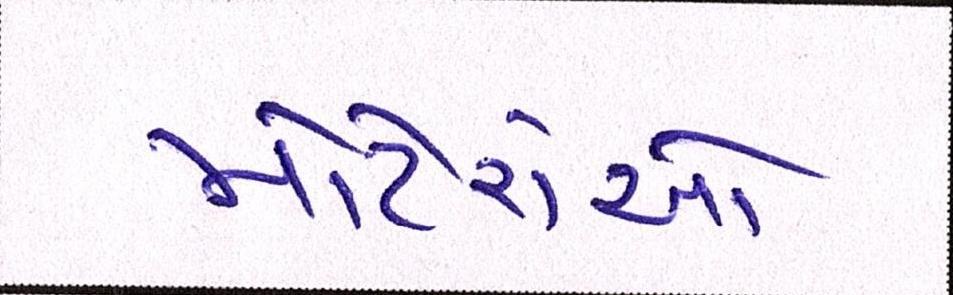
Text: મોટેરાઓ